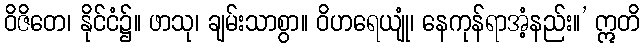
ဝိဇိတေ၊ နိုင်ငံ၌။ ဖာသု၊ ချမ်းသာစွာ။ ဝိဟရေယျုံ၊ နေကုန်ရာအံ့နည်း။’ ဣတိ